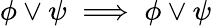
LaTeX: \phi\lor\psi\implies\phi\lor\psi